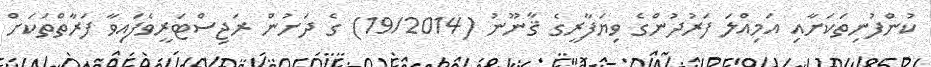
ކުންފުނިތަކަށާއި އަމިއްލަ ފަރުދުންގެ ވިޔަފާރީގެ ޤާނޫނު (19/2014) ގެ ދަށުން ރަޖިސްޓަރީވެފައިވާ ފަރާތްތަކަށް